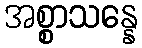
အစ္စာသန္နေ